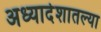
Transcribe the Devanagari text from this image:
अध्यादेशातल्या